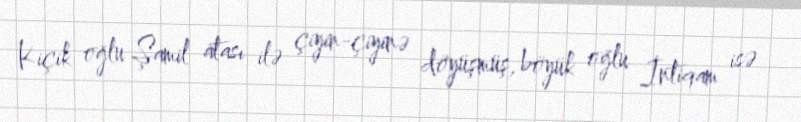
Kiçik oğlu Şamil atası ilə çiyin-çiyinə döyüşmüş, böyük oğlu İntiqam isə